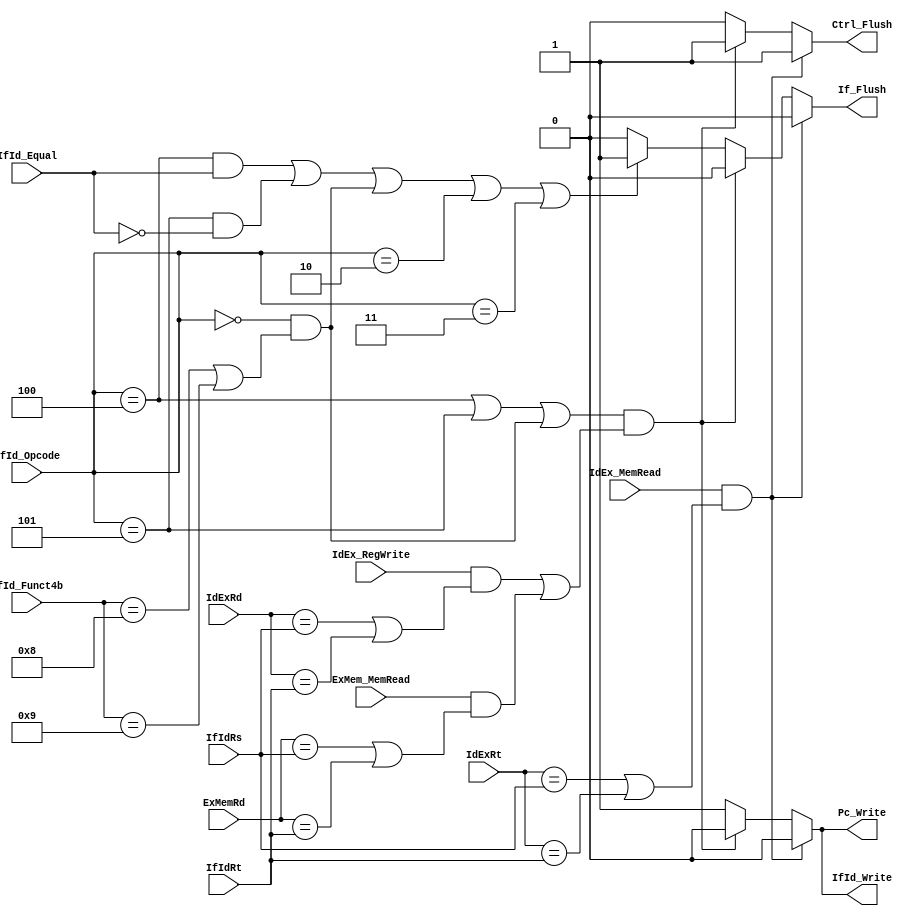
/*------------------------------------ structure hazard -------------------------------------*/
/* def : two instructions try to wrtie same register at the same time                        */
/* solution : maintain five stage pipeline, e.g. R-type MEM is a NOP, BEQ's MEM, WB are NOPs */
/*-------------------------------------------------------------------------------------------*/

/*--------------------------------------------------  data hazard   ------------------------------------------------*/
/* def : an instruction depends on completion of data access by a previous instruction                              */
/* solution : forwarding & (stall)                                                                                  */
/* case 1 : add x1, x2, x3 (or jal, jalr)                                                                           */
/*          sub x4, x1, x5                                                                                          */
/*          <ForwardUnit>                                                                                           */
/*          => ID/EX.Rs(Rt) = EX/MEM.Rd                                                                             */
/*          => ID/EX.Rs(Rt) = MEM/WB.Rd                                                                             */
/*          => but only if EX/MEM.Regwrite or MEM/WB.Regwrite == true (e.g. R-type)                                 */
/*          => but only if EX/MEM.Rd or MEM/WB.Rd != 0 (e.g. x0)                                                    */
/*          => double data hazard : both hazards occur, we use EX/MEM                                               */
/*          p.s. we found that we still need register file forwading (data hazard && two insts have distance == 3)  */
/* case 2 : load-use hazard (needs to stall once & forward)                                                         */
/*          ld  x1, 0(x2)                                                                                           */
/*          sub x4, x1, x5                                                                                          */
/*          <HazardControl>                                                                                         */
/*          => IF/ID.Rs(Rt) = ID/EX.Rt                                                                              */
/*          => but only if ID/EX.MemRead == true                                                                    */
/*          => if detected, stall and insert bubble                                                                 */
/*          => use <ForwardUnit> to forward                                                                         */
/* case 3 : data hazard for branch (since 1. we move branch determination part to ID. 2. jump reg regdata is in ID) */
/*    3-a : add x3, x1, x2 (or jal, jalr)                                                                           */
/*          beq x3, x4, label (or bne, jr, jalr)                                                                    */
/*          <HazardControl>                                                                                         */
/*          => stall once & <ForwardBranchUnit> forward (see below codes for details)                               */
/*    3-b : ld x3, 0(x2)                                                                                            */
/*          beq x3, x4, label (or bne, jr, jalr)                                                                    */
/*          <HazardControl>                                                                                         */
/*          => stall twice & <ForwardBranchUnit> forward (see below codes for details)                              */
/*------------------------------------------------------------------------------------------------------------------*/

/*--------------------------------------------   branch hazard   --------------------------------------------*/
/* def : 1. next PC depends on branch outcome, which is in ID state => beq, bne                              */
/*       2. needs controller decoded value to jump, which is in ID state => jr, jalr, j, jal                 */
/* solution : assume not taken(jump), flush process if branch determined taken in ID state                   */
/*          => tips : move branch determination part & branch target address calculation part from MEM to ID */
/*          => thus, we need to flush only one cycle.                                                        */
/*          <HazardControl>                                                                                  */
/*          => if beq(bne) taken   , If_Flush = 1                                                            */
/*          => if jr, jalr, j, jal , If_Flush = 1                                                            */
/*-----------------------------------------------------------------------------------------------------------*/
module HazardControl ( // stall or flush control
    // input
    IdExRt,
    IdExRd, // right after Rd, Rt mux
    IfIdRs,
    IfIdRt,
    ExMemRd,
    IdEx_MemRead,
    IdEx_RegWrite,
    ExMem_MemRead,
    IfId_Opcode,
    IfId_Funct4b,
    IfId_Equal,
    // output
    Ctrl_Flush,
    Pc_Write,
    IfId_Write,
    If_Flush // for branch hazard
);
    /* Inputs/Outputs Part */
    input [4:0] IdExRt, IdExRd;
    input [4:0] IfIdRs, IfIdRt;
    input [4:0] ExMemRd;
    input       IdEx_MemRead, IdEx_RegWrite;
    input       ExMem_MemRead;
    input [5:0] IfId_Opcode;
    input [3:0] IfId_Funct4b;
    input       IfId_Equal;
    output reg  Ctrl_Flush, Pc_Write, IfId_Write, If_Flush;

    /* Parameters Part */
    localparam BEQ = 6'b000100; // opcode
    localparam BNE = 6'b000101;
    localparam J   = 6'b000010;
    localparam JAL = 6'b000011;

    localparam R_type = 6'b000000; // opcode
    localparam JR     = 4'b1000; // funct4b
    localparam JALR   = 4'b1001;

    /* Wires/Regs Part */
    wire IfId_isBranchUseType; 
    wire IfId_toBranch;

    /* Assignment Part */
    assign IfId_isBranchUseType = (IfId_Opcode == BEQ) || (IfId_Opcode == BNE) || (IfId_Opcode == R_type && (IfId_Funct4b == JR || IfId_Funct4b == JALR));
    assign IfId_toBranch = (IfId_Opcode == BEQ && IfId_Equal) || (IfId_Opcode == BNE && !IfId_Equal) || (IfId_Opcode == R_type && (IfId_Funct4b == JR || IfId_Funct4b == JALR)) || (IfId_Opcode == J) || (IfId_Opcode == JAL);

    /* Combinational Part */
    always @(*) begin
        if (IdEx_MemRead && (IdExRt == IfIdRs || IdExRt == IfIdRt)) begin // case 2 load-use hazard stall
            Ctrl_Flush = 1; // flush ID control signal                    // case 3-b first stall
            Pc_Write   = 0; // PC suspend, instruction fetch again
            IfId_Write = 0; // IF/ID suspend, instruction decode again
            If_Flush   = 0;
        end
        else if (IfId_isBranchUseType &&
                 ((IdEx_RegWrite && (IdExRd  == IfIdRs || IdExRd  == IfIdRt)) || // case 3-a stall
                  (ExMem_MemRead && (ExMemRd == IfIdRs || ExMemRd == IfIdRt)))   // case 3-b second stall
                ) begin 
            Ctrl_Flush = 1; 
            Pc_Write   = 0; 
            IfId_Write = 0; 
            If_Flush   = 0;        
        end
        else if (IfId_toBranch) begin // branch hazard flush
            Ctrl_Flush = 0;
            Pc_Write   = 1; 
            IfId_Write = 1;  
            If_Flush   = 1;   
        end
        else begin
            Ctrl_Flush = 0;
            Pc_Write   = 1;
            IfId_Write = 1;
            If_Flush   = 0;
        end
    end

endmodule

module HazardControlforBrPred ( // stall or flush control
    // input
    IdExRt,
    IdExRd, // right after Rd, Rt mux
    IfIdRs,
    IfIdRt,
    ExMemRd,
    IdEx_MemRead,
    IdEx_RegWrite,
    ExMem_MemRead,
    IfId_Opcode,
    IfId_Funct4b,
    // IfId_Equal,
    predWrong, // for branch prediction
    // output
    Ctrl_Flush,
    Pc_Write,
    IfId_Write,
    If_Flush // for branch hazard
);
    /* Inputs/Outputs Part */
    input [4:0] IdExRt, IdExRd;
    input [4:0] IfIdRs, IfIdRt;
    input [4:0] ExMemRd;
    input       IdEx_MemRead, IdEx_RegWrite;
    input       ExMem_MemRead;
    input [5:0] IfId_Opcode;
    input [3:0] IfId_Funct4b;
    // input       IfId_Equal; 
    input       predWrong;
    output reg  Ctrl_Flush, Pc_Write, IfId_Write, If_Flush;

    /* Parameters Part */
    localparam BEQ = 6'b000100; // opcode
    localparam BNE = 6'b000101;
    localparam J   = 6'b000010;
    localparam JAL = 6'b000011;

    localparam R_type = 6'b000000; // opcode
    localparam JR     = 4'b1000; // funct4b
    localparam JALR   = 4'b1001;

    /* Wires/Regs Part */
    wire IfId_isBranchUseType; 
    wire IfId_toBranch;

    /* Assignment Part */
    assign IfId_isBranchUseType = (IfId_Opcode == BEQ) || (IfId_Opcode == BNE) || (IfId_Opcode == R_type && (IfId_Funct4b == JR || IfId_Funct4b == JALR));
    // assign IfId_toBranch = (IfId_Opcode == BEQ && IfId_Equal) || (IfId_Opcode == BNE && !IfId_Equal) || (IfId_Opcode == R_type && (IfId_Funct4b == JR || IfId_Funct4b == JALR)) || (IfId_Opcode == J) || (IfId_Opcode == JAL); // origin
    assign IfId_toBranch = ((IfId_Opcode == BEQ || IfId_Opcode == BNE) && predWrong) || (IfId_Opcode == R_type && (IfId_Funct4b == JR || IfId_Funct4b == JALR)); // for branch prediction

    /* Combinational Part */
    always @(*) begin
        if (IdEx_MemRead && (IdExRt == IfIdRs || IdExRt == IfIdRt)) begin // case 2 load-use hazard stall
            Ctrl_Flush = 1; // flush ID control signal                    // case 3-b first stall
            Pc_Write   = 0; // PC suspend, instruction fetch again
            IfId_Write = 0; // IF/ID suspend, instruction decode again
            If_Flush   = 0;
        end
        else if (IfId_isBranchUseType &&
                 ((IdEx_RegWrite && (IdExRd  == IfIdRs || IdExRd  == IfIdRt)) || // case 3-a stall
                  (ExMem_MemRead && (ExMemRd == IfIdRs || ExMemRd == IfIdRt)))   // case 3-b second stall
                ) begin 
            Ctrl_Flush = 1; 
            Pc_Write   = 0; 
            IfId_Write = 0; 
            If_Flush   = 0;        
        end
        else if (IfId_toBranch) begin // branch hazard flush
            Ctrl_Flush = 0;
            Pc_Write   = 1; 
            IfId_Write = 1;  
            If_Flush   = 1;   
        end
        else begin
            Ctrl_Flush = 0;
            Pc_Write   = 1;
            IfId_Write = 1;
            If_Flush   = 0;
        end
    end

endmodule

// ref: branch hazard & forwarding & prediction
//      https://courses.cs.vt.edu/cs2506/Spring2009/Notes/pdf/L13.BranchPrediction.pdf
// ref: jump & branch target buffer
//      https://passlab.github.io/CSE564/notes/lecture09_RISCV_Impl_pipeline.pdf
// ref: github code for complex branc's data hazard & forwarding
//      https://github.com/MatrixPecker/VE370-Pipelined-Processor/blob/main/hazard_det.v
//      https://github.com/tjsparks5/Pipelined-MIPS-Processor/blob/master/source_files/hazardDetectionUnit.v